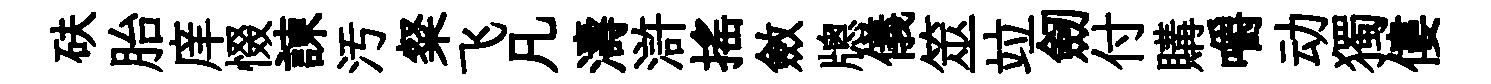
砆胎庠惙諫汚粲飞凡濤滸搖斂牕儀筮竝劒付購嚼动獨僂